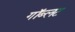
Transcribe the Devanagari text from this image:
गॉब्लट